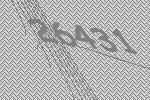
26431